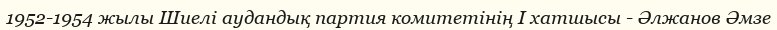
1952-1954 жылы Шиелі аудандық партия комитетінің І хатшысы - Әлжанов Әмзе